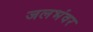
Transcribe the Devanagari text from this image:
जलभंवर